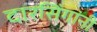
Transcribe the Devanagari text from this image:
दारसिंगांनी